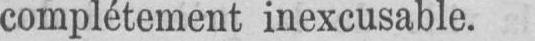
complètement inexcusable.